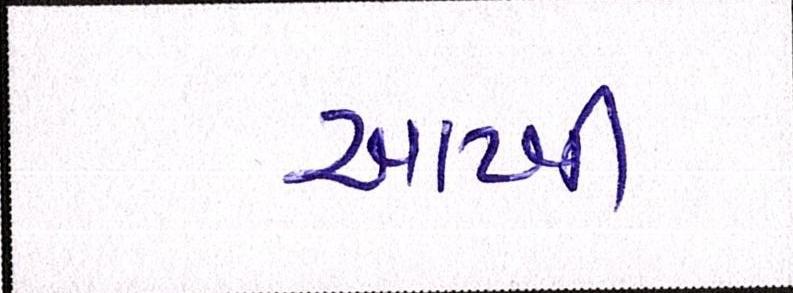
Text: આખી